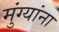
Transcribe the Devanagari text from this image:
मुंग्यांना